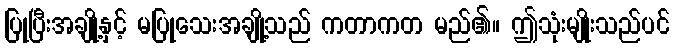
ပြုပြီးအချို့နှင့် မပြုသေးအချို့သည် ကတာကတ မည်၏။ ဤသုံးမျိုးသည်ပင်